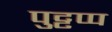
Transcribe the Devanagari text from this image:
पुट्टप्प